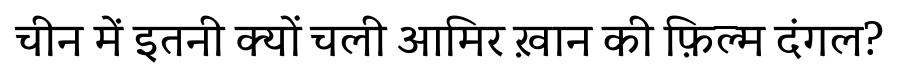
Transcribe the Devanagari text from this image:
चीन में इतनी क्यों चली आमिर ख़ान की फ़िल्म दंगल?